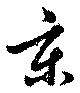
京